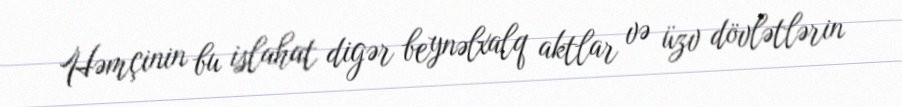
Həmçinin bu islahat digər beynəlxalq aktlar və üzv dövlətlərin